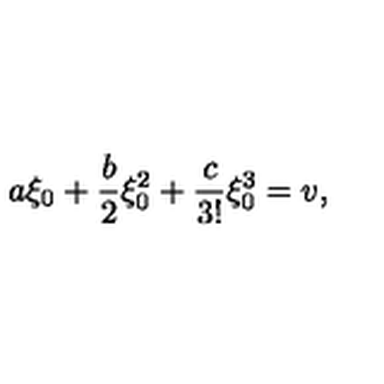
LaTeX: a \xi _ { 0 } + \frac { b } { 2 } \xi _ { 0 } ^ { 2 } + \frac { c } { 3 ! } \xi _ { 0 } ^ { 3 } = v ,